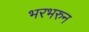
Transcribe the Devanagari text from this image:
भरभरुन